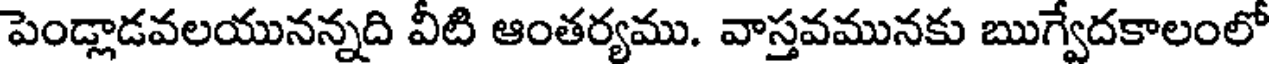
పెండ్లాడవలయునన్నది వీటి ఆంతర్యము. వాస్తవమునకు ఋగ్వేదకాలంలో